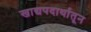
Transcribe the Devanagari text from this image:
खाद्यपदार्थातून